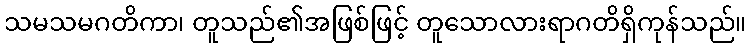
သမသမဂတိကာ၊ တူသည်၏အဖြစ်ဖြင့် တူသောလားရာဂတိရှိကုန်သည်။